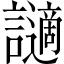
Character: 讁